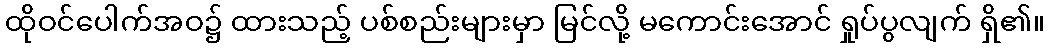
ထိုဝင်ပေါက်အဝ၌ ထားသည့် ပစ်စည်းများမှာ မြင်လို့ မကောင်းအောင် ရှုပ်ပွလျက် ရှိ၏။